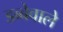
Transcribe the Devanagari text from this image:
डब्बेवाले